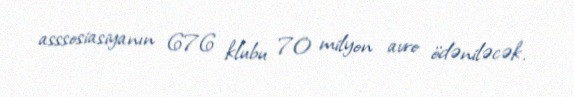
asssosiasiyanın 676 klubu 70 milyon avro ödəniləcək.